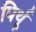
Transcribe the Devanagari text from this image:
पिर्थू